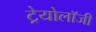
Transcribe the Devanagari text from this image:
ट्रेयोलॉजी